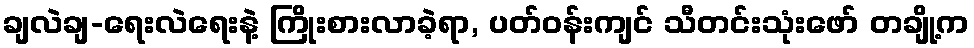
ချလဲချ-ရေးလဲရေးနဲ့ ကြိုးစားလာခဲ့ရာ, ပတ်ဝန်းကျင် သီတင်းသုံးဖော် တချို့က